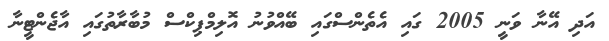
އަދި އޭނާ ވަނީ 2005 ގައި އެތެންސްގައި ބޭއްވުނު އޮލިމްޕިކްސް މުބާރާތުގައި އާޖެންޓީނާ